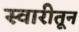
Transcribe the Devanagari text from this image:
स्वारीतून